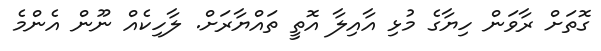
ގޮތަށް ރާވަން ހިޔާގެ މުޅި އާއިލާ އޮތީ ތައްޔާރަށް. ލާހިކެއް ނޫން އެންމެ